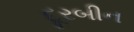
દૂરબીન